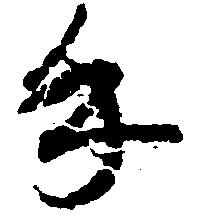
手